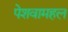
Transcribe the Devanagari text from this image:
पेशवामहल